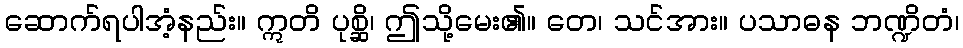
ဆောက်ရပါအံ့နည်း။ ဣတိ ပုစ္ဆိ၊ ဤသို့မေး၏။ တေ၊ သင်အား။ ပသာဓန ဘဏ္ဍိတံ၊